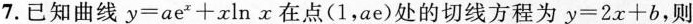
7.已知曲线$$y = a e ^ { x } + x \ln x$$在点(1,ae)处的切线方程为$$y = 2 x + b$$,则